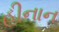
હીનાન